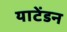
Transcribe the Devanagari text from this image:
याटेंडन